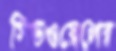
সিডওয়েলের